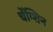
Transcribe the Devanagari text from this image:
चेंग्शिन